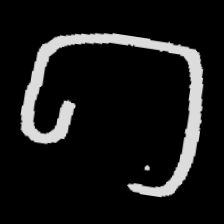
Pyu character \u2014 Myanmar letter: ဂ (romanized: ga)